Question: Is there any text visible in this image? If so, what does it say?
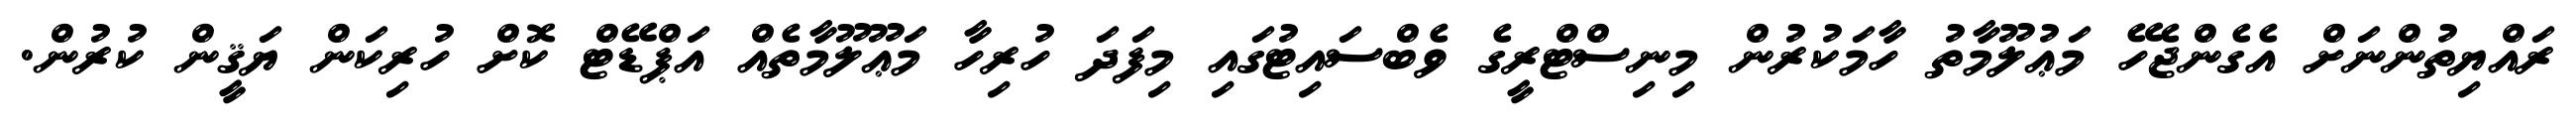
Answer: ރައްޔިތުންނަށް އެގެންޖެހޭ މަޢުލޫމާތު ހާމަކުރުން މިނިސްޓްރީގެ ވެބްސައިޓުގައި މިފަދަ ހުރިހާ މަޢޫލޫމާތެއް އަޕްޑޭޓް ކޮށް ހުރިކަން ޔަޤީން ކުރުން.